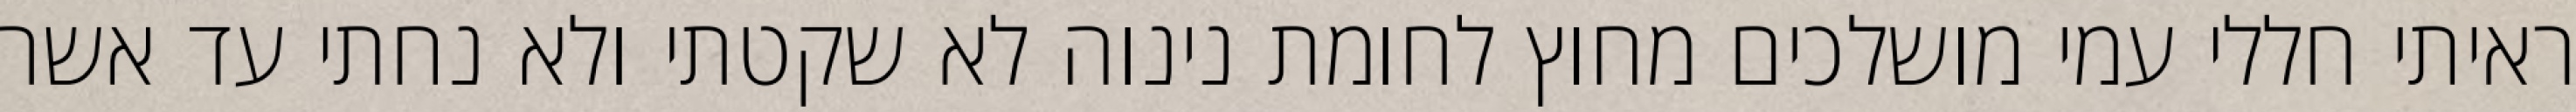
ראיתי חללי עמי מושלכים מחוץ לחומת נינוה לא שקטתי ולא נחתי עד אשר